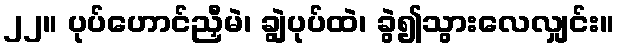
၂၂။ ပုပ်ဟောင်ညှီမဲ၊ ချွဲပုပ်ထဲ၊ ခွဲ၍သွားလေလျှင်း။